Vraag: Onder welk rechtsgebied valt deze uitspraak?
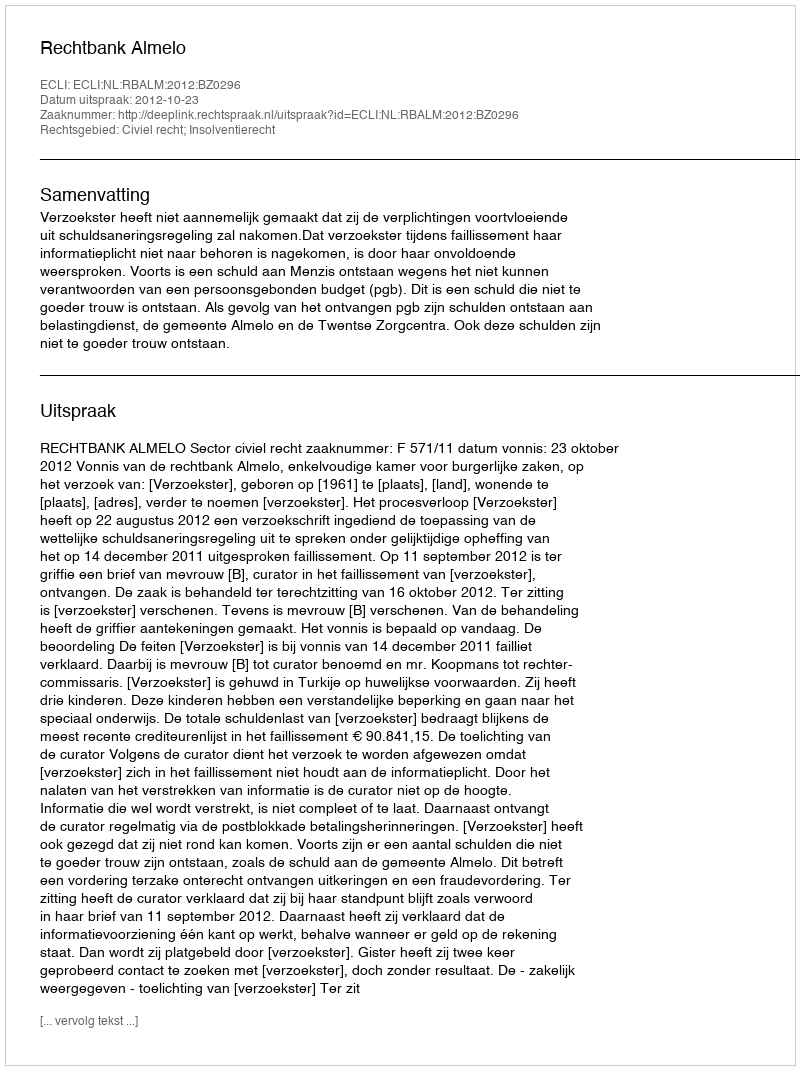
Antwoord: Civiel recht; Insolventierecht